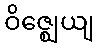
ဝိဇ္ဈေယျ